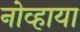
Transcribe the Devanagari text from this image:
नोव्हाया